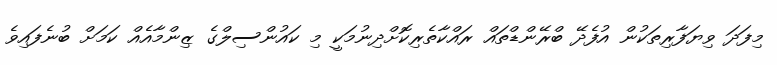
މިފަދަ ވިޔަފާރިތަކުން އުފެދޭ ބްރޭންޑްތައް ރައްކާތެރިކޮށްދިނުމަކީ މި ކައުންސިލްގެ ޒިންމާއެއް ކަމަށް ބުނެފައިވެ